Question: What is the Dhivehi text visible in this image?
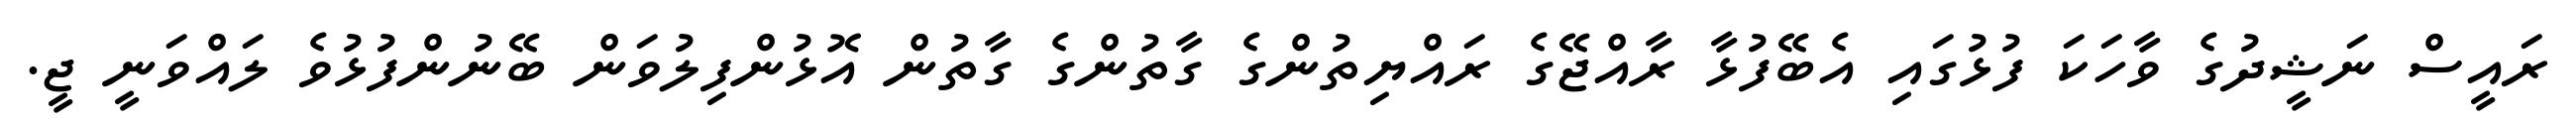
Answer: ރައީސް ނަޝީދުގެ ވާހަކަ ފުޅުގައި އެބޭފުޅާ ރާއްޖޭގެ ރައްޔިތުންގެ ގާތުންގެ ގާތުން އޮޅުންފިލުވަން ބޭނުންފުޅުވެ ލައްވަނީ ޖީ.